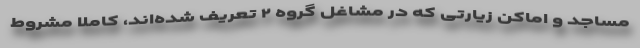
مساجد و اماکن زیارتی که در مشاغل گروه ۲ تعریف شده‌اند، کاملا مشروط